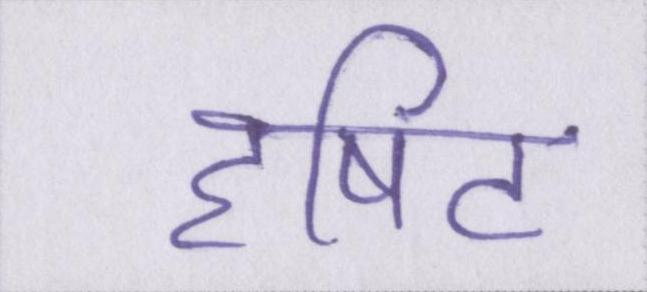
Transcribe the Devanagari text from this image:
दृषिट